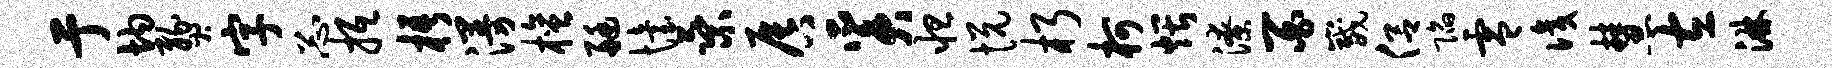
亍均燹字忐抵梧漫檀艇怡乘唇奚怛悦朽柯煨潦百崴侣陷零识慧左淋